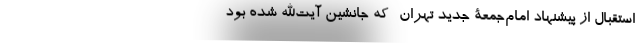
استقبال از پیشنهاد امام‌جمعۀ جدید تهران -که جانشین آیت‌الله شده بود-